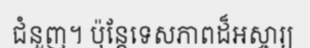
ជំនួញ។ ប៉ុន្តែទេសភាពដ៏អស្ចារ្យ